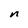
Character: n